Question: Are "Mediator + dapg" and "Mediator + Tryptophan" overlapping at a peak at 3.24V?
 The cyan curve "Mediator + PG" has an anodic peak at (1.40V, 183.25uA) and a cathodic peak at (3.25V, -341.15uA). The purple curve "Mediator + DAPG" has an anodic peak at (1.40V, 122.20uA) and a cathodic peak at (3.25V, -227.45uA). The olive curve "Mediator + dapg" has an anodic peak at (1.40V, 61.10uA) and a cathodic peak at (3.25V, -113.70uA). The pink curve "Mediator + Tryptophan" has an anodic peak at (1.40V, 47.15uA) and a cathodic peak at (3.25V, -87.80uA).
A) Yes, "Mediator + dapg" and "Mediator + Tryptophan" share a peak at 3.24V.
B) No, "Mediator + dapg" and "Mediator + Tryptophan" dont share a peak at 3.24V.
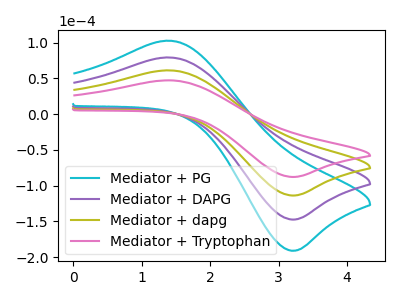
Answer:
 <answer>A) Yes, "Mediator + dapg" and "Mediator + Tryptophan" share a peak at 3.24V.</answer>
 <eval>A</eval>